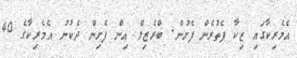
އެމެރިކާގައި ޒިކާ ފެތުރެން ފެށުން. ބްރެޒިލް އިން ފެށިން ދެކުނު އެމެރިކާގެ 40